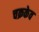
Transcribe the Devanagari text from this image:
चक्रकेव